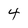
Character: 4